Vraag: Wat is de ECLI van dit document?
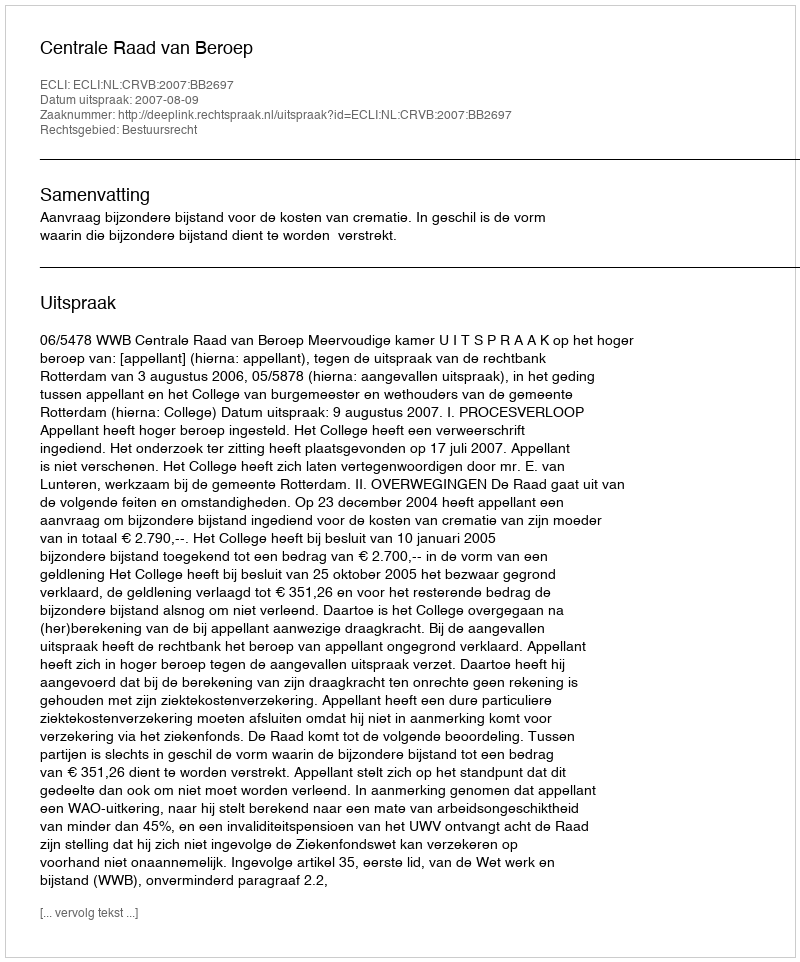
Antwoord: ECLI:NL:CRVB:2007:BB2697